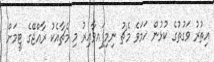
އިތުރު ވަގުތުގެ ކުޅުން ހަމަވެ މެޗު ނިމިފަިއވާއިރު މި މެޗާއެކު ރާއްޖޭގެ ޓީމަށް